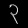
Digit: ၃